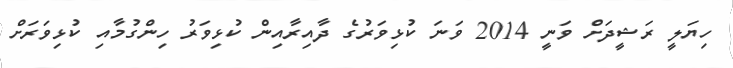
ހިޔަލީ ރަޝީދަށް ވަނީ 2014 ވަނަ ކުޅިވަރުގެ ދާއިރާއިން ކުޅިވަރު ހިންގުމާއި ކުޅިވަރަށް